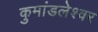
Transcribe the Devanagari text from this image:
कुमांडलेश्वर